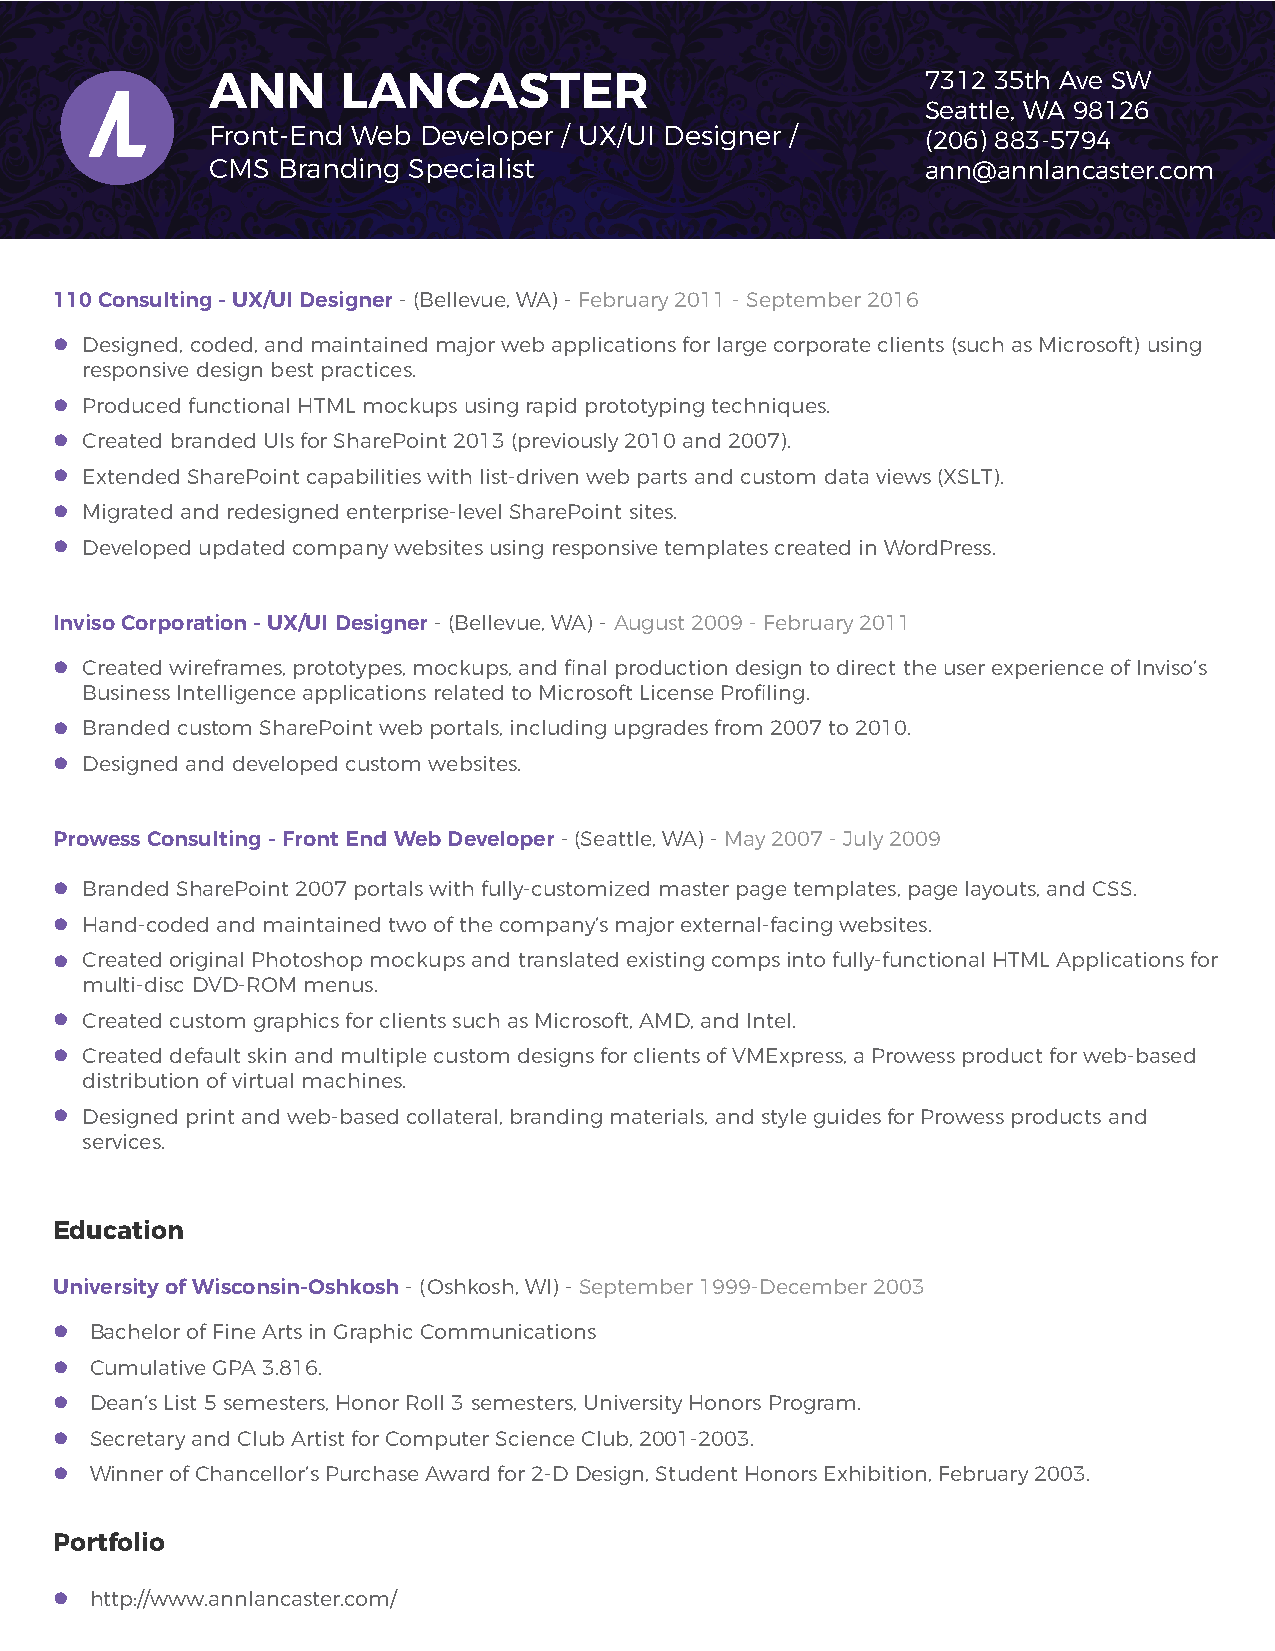
ANN      LANCASTER                             7312 35th Ave SW
 Seattle, WA 98126
 Front-End Web Developer / UX/UI Designer /     (206) 883-5794
 CMS Branding Specialist                        ann@annlancaster.com
 110 Consulting - UX/UI Designer - (Bellevue, WA) - February 2011 - September 2016
  Designed, coded, and maintained major web applications for large corporate clients (such as Microsoft) using
 responsive design best practices.
  Produced functional HTML mockups using rapid prototyping techniques.
  Created branded UIs for SharePoint 2013 (previously 2010 and 2007).
  Extended SharePoint capabilities with list-driven web parts and custom data views (XSLT).
  Migrated and redesigned enterprise-level SharePoint sites.
  Developed updated company websites using responsive templates created in WordPress.
 Inviso Corporation - UX/UI Designer - (Bellevue, WA) - August 2009 - February 2011
  Created wireframes, prototypes, mockups, and final production design to direct the user experience of Inviso’s
 Business Intelligence applications related to Microsoft License Profiling.
  Branded custom SharePoint web portals, including upgrades from 2007 to 2010.
  Designed and developed custom websites.
 Prowess Consulting - Front End Web Developer - (Seattle, WA) - May 2007 - July 2009
  Branded SharePoint 2007 portals with fully-customized master page templates, page layouts, and CSS.
  Hand-coded and maintained two of the company’s major external-facing websites.
  Created original Photoshop mockups and translated existing comps into fully-functional HTML Applications for
 multi-disc DVD-ROM menus.
  Created custom graphics for clients such as Microsoft, AMD, and Intel.
  Created default skin and multiple custom designs for clients of VMExpress, a Prowess product for web-based
 distribution of virtual machines.
  Designed print and web-based collateral, branding materials, and style guides for Prowess products and
 services.
 Education
 University of Wisconsin-Oshkosh - (Oshkosh, WI) - September 1999-December 2003
 Bachelor of Fine Arts in Graphic Communications
 Cumulative GPA 3.816.
 Dean’s List 5 semesters, Honor Roll 3 semesters, University Honors Program.
 Secretary and Club Artist for Computer Science Club, 2001-2003.
 Winner of Chancellor’s Purchase Award for 2-D Design, Student Honors Exhibition, February 2003.
 Portfolio
 http://www.annlancaster.com/